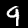
Label: 9